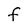
Character: F